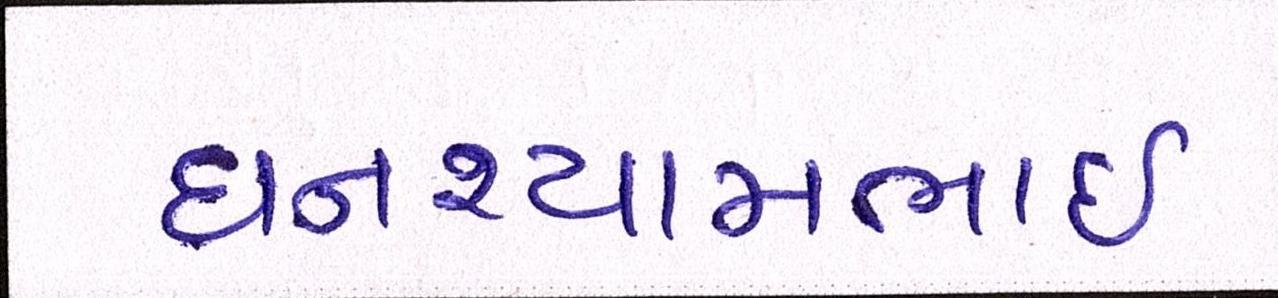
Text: ઘનશ્યામભાઈ